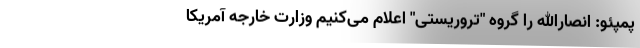
پمپئو: انصارالله را گروه "تروریستی" اعلام می‌کنیم وزارت خارجه آمریکا